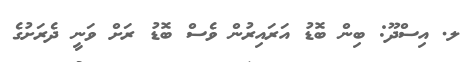
ލ. އިސްދޫ: ބިން ބޮޑު އަރައިރުން ވެސް ބޮޑު ރަށް ވަނީ ދެރަށުގެ